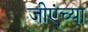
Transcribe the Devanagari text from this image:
जीएंच्या